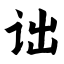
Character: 诎